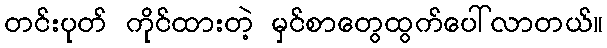
တင်းပုတ် ကိုင်ထားတဲ့ မှင်စာတွေထွက်ပေါ်လာတယ်။